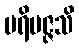
ပရိမဇ္ဇသိ